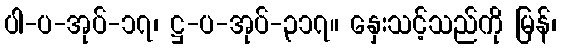
ပါ-ပ-အုပ်-၁၇၊ ဋ္ဌ-ပ-အုပ်-၃၁၇။ နှေးသင့်သည်ကို မြန်၊